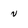
Character: v